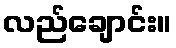
လည်ချောင်း။